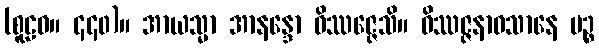
(စူဠဝ။ ၄၄၀)။ အာယသ္မာ အာနန္ဒော ဝိဿဇ္ဇေသိ။ ဝိဿဇ္ဇနာဝသာနေ ပဉ္စ